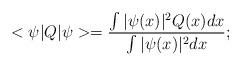
LaTeX: \begin{align*}<\psi|Q|\psi> = \frac{\int |\psi(x)|^2 Q(x)dx}{\int |\psi(x)|^2 dx};\end{align*}